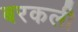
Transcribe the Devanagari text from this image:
बरकली